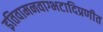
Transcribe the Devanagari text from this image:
इतिवामनवाग्भटादिप्रणीत